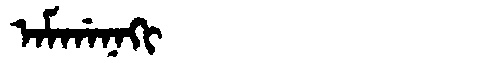
Manchu: ᠠᠮᡤᠠᠨᠠᡴᡳ
Romanization: AMGANAKI